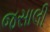
જસાલી